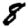
Digit: 8